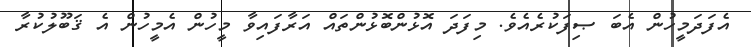
އެފަދަމީހުން އެބަ ޞިފަކުރެއެވެ. މިފަދަ އޮޅުންބޮޅުންތައް އަރާފައިވާ މީހުން އެމީހުން އެ ޤަބޫލުކުރާ